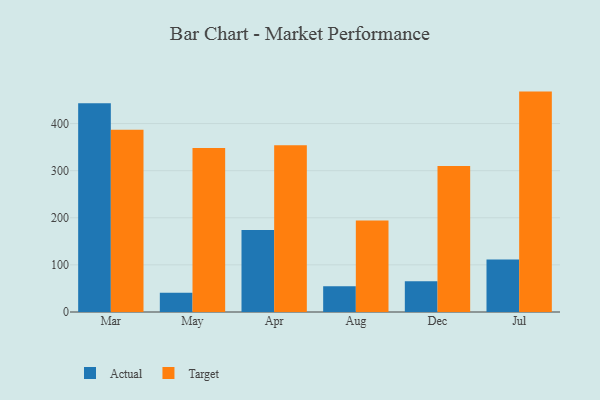
{"axis": {"x": "Month", "y": "Customer Acquisition Cost (USD)"}, "legend": ["Actual", "Target"], "data": [{"x": "Mar", "y": 443.0, "type": "Actual"}, {"x": "Mar", "y": 386.7, "type": "Target"}, {"x": "May", "y": 40.9, "type": "Actual"}, {"x": "May", "y": 348.1, "type": "Target"}, {"x": "Apr", "y": 173.9, "type": "Actual"}, {"x": "Apr", "y": 354.1, "type": "Target"}, {"x": "Aug", "y": 54.8, "type": "Actual"}, {"x": "Aug", "y": 194.3, "type": "Target"}, {"x": "Dec", "y": 65.2, "type": "Actual"}, {"x": "Dec", "y": 309.8, "type": "Target"}, {"x": "Jul", "y": 111.3, "type": "Actual"}, {"x": "Jul", "y": 467.8, "type": "Target"}]}